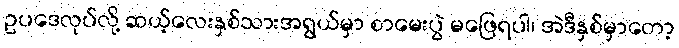
ဥပဒေလုပ်လို့ ဆယ့်လေးနှစ်သားအရွယ်မှာ စာမေးပွဲ မဖြေရပါ၊ အဲဒီနှစ်မှာတော့